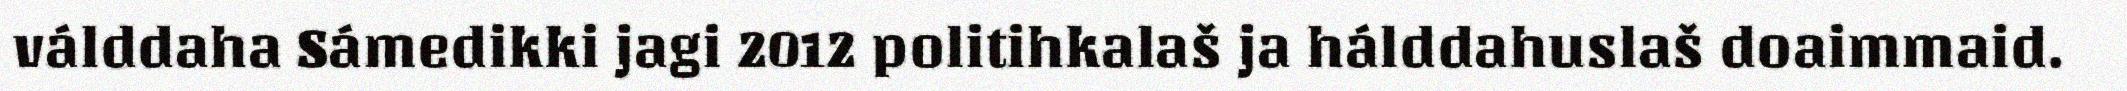
válddaha Sámedikki jagi 2012 politihkalaš ja hálddahuslaš doaimmaid.